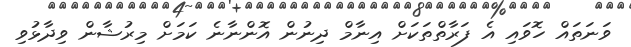
ވަނަތައް ހޮވައި އެ ފަރާތްތަކަށް އިނާމް ދިނުން އޮންނާނެ ކަމަށް މިރުޝާން ވިދާޅުވި